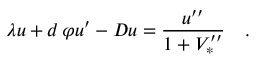
\lambda u + d \, \varphi u ^ { \prime } - D u = { \frac { u ^ { \prime \prime } } { 1 + V _ { * } ^ { \prime \prime } } } \quad .